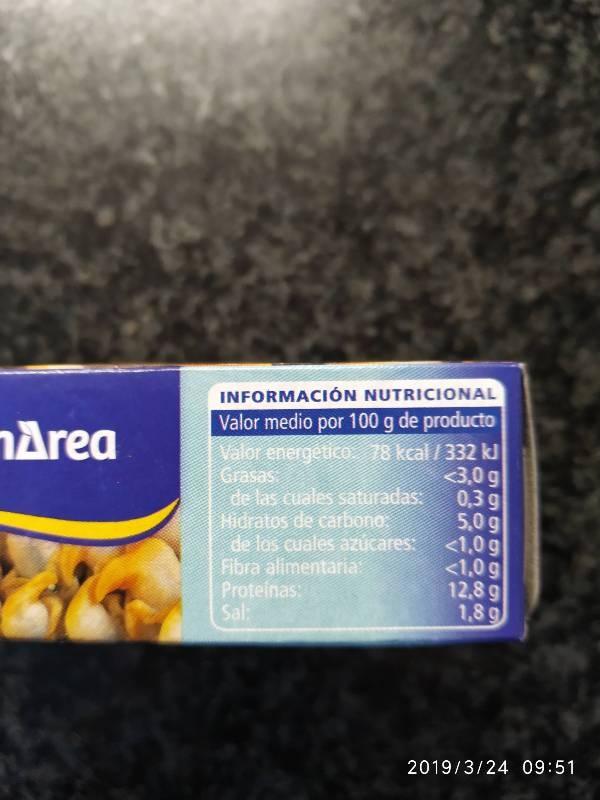
Area
INFORMACIÓN NUTRICIONAL Valor medio por 100 g de producto Valor energetico 78 kcal/332 kJ
<3,0 g
0,3 g
5,09
de las cuales saturadas:
Hidratos de carbono.
de los cuales azucares: Fibra alimentaria Proteínas: Sal:
<1,0 g
<1,0 g
12,8 g 1,89
2019/3/24 09:51